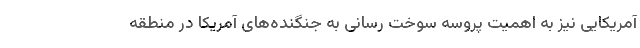
آمریکایی نیز به اهمیت پروسه سوخت رسانی به جنگنده‌های آمریکا در منطقه